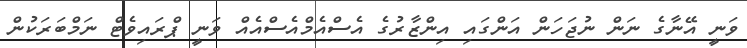
ވަނީ އޭނާގެ ނަން ނުޖަހަން އަންގައި އިންޒާރުގެ އެސްއެމްއެސްއެއް ވަނީ ޕްރައިވެޓް ނަމްބަރަކުން